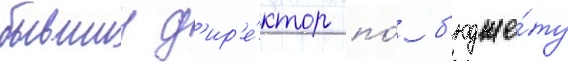
бывшии д'ир'е́ктор по́ б'юдже́ту